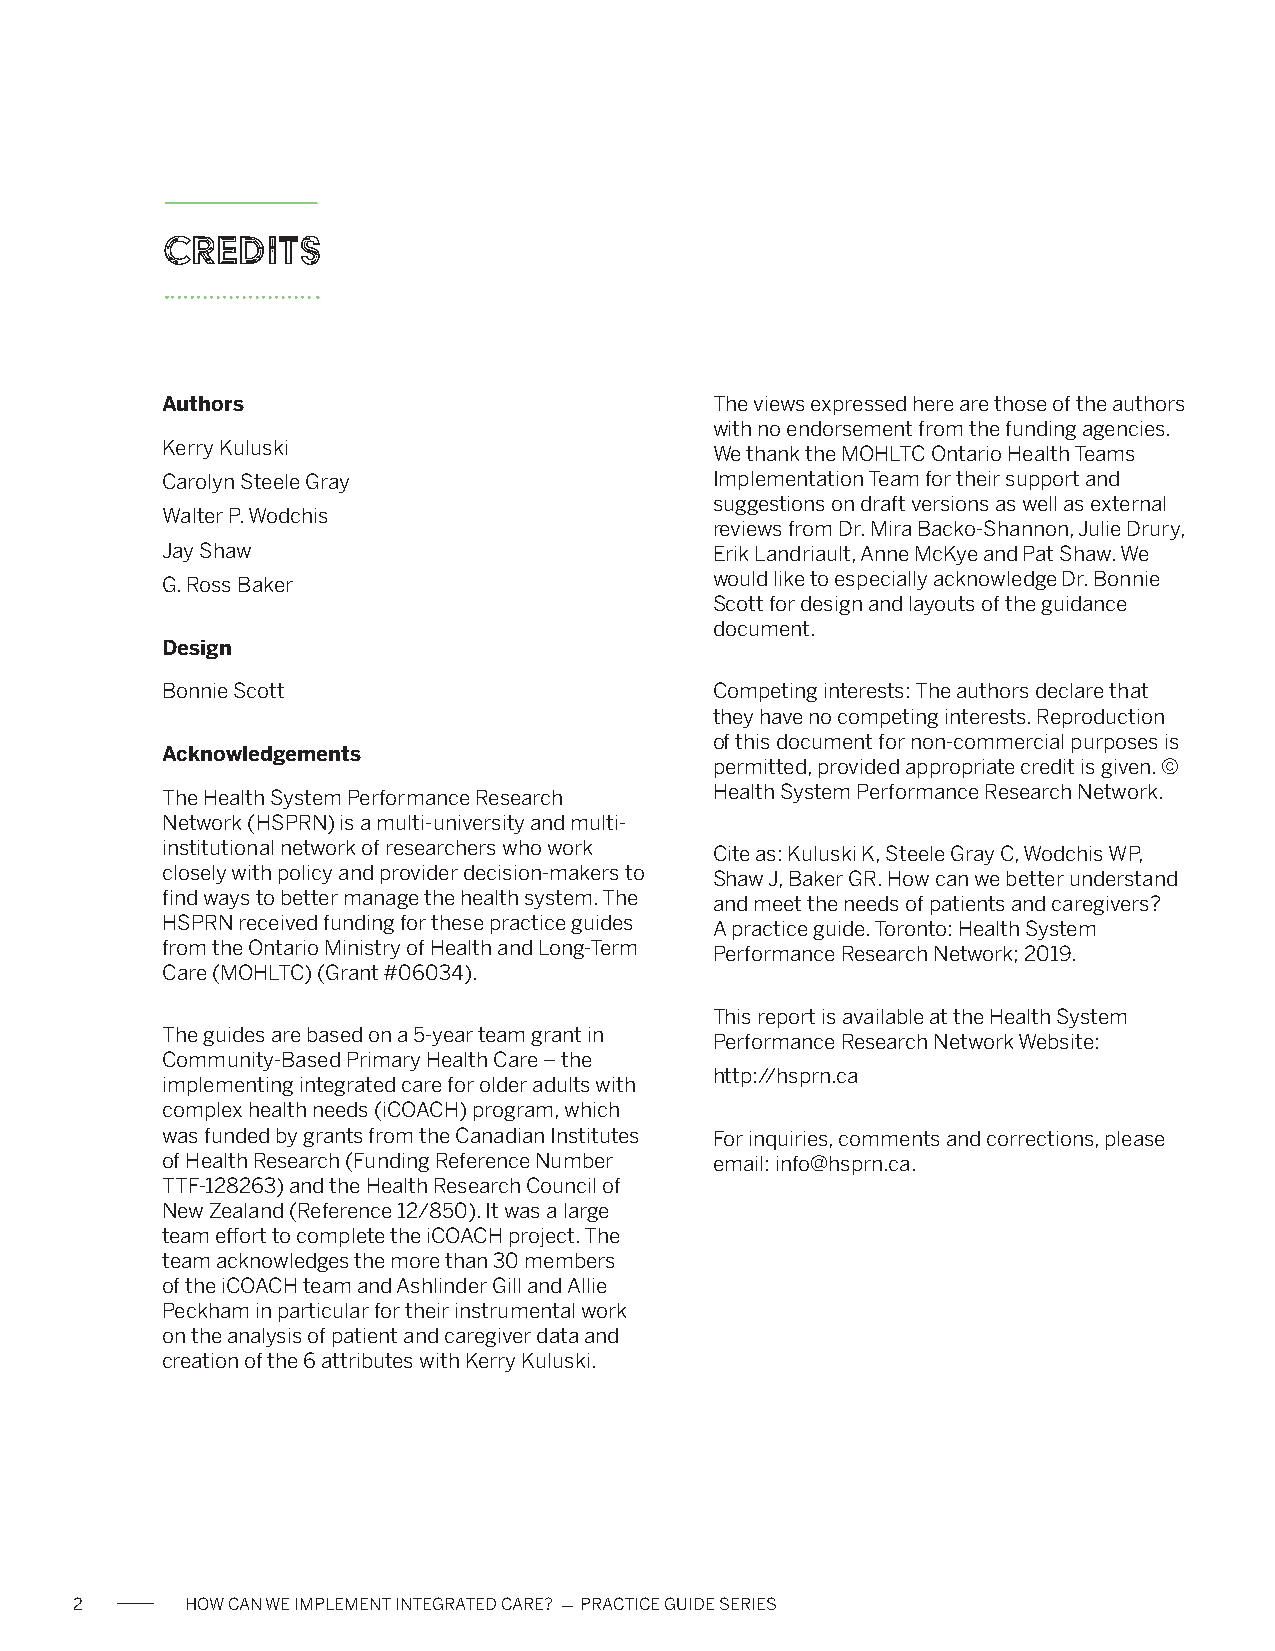
Credits
 Authors                             The views expressed here are those of the authors
 with no endorsement from the funding agencies.
 Kerry Kuluski                       We thank the MOHLTC Ontario Health Teams
 Carolyn Steele Gray                 Implementation Team for their support and
 suggestions on draft versions as well as external
 Walter P. Wodchis
 reviews from Dr. Mira Backo-Shannon, Julie Drury,
 Jay Shaw                            Erik Landriault, Anne McKye and Pat Shaw. We
 G. Ross Baker                       would like to especially acknowledge Dr. Bonnie
 Scott for design and layouts of the guidance
 document.
 Design
 Bonnie Scott                        Competing interests: The authors declare that
 they have no competing interests. Reproduction
 of this document for non-commercial purposes is
 Acknowledgements
 permitted, provided appropriate credit is given. ©
 The Health System Performance Research Health System Performance Research Network.
 Network (HSPRN) is a multi-university and multi-
 institutional network of researchers who work Cite as: Kuluski K, Steele Gray C, Wodchis WP,
 closely with policy and provider decision-makers to Shaw J, Baker GR. How can we better understand
 find ways to better manage the health system. The and meet the needs of patients and caregivers?
 HSPRN received funding for these practice guides A practice guide. Toronto: Health System
 from the Ontario Ministry of Health and Long-Term Performance Research Network; 2019.
 Care (MOHLTC) (Grant #06034).
 This report is available at the Health System
 The guides are based on a 5-year team grant in Performance Research Network Website:
 Community-Based Primary Health Care – the
 http://hsprn.ca
 implementing integrated care for older adults with
 complex health needs (iCOACH) program, which
 was funded by grants from the Canadian Institutes For inquiries, comments and corrections, please
 of Health Research (Funding Reference Number email: info@hsprn.ca.
 TTF-128263) and the Health Research Council of
 New Zealand (Reference 12/850). It was a large
 team effort to complete the iCOACH project. The
 team acknowledges the more than 30 members
 of the iCOACH team and Ashlinder Gill and Allie
 Peckham in particular for their instrumental work
 on the analysis of patient and caregiver data and
 creation of the 6 attributes with Kerry Kuluski.
 2      HOW CAN WE IMPLEMENT INTEGRATED CARE? - PRACTICE GUIDE SERIES